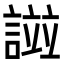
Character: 𧪻